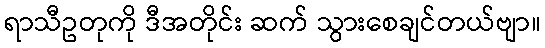
ရာသီဥတုကို ဒီအတိုင်း ဆက် သွားစေချင်တယ်ဗျာ။